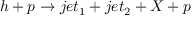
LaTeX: h + p \rightarrow j e t _ { 1 } + j e t _ { 2 } + X + p